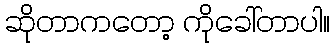
ဆိုတာကတော့ ကိုခေါ်တာပါ။